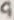
Text: 9